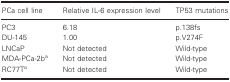
<table><thead><tr><td><b>PCa cell line</b></td><td><b>Relative IL‐6 expression level</b></td><td><b>TP53 mutations</b></td></tr></thead><tbody><tr><td>PC3</td><td>6.18</td><td>p.138fs</td></tr><tr><td>DU‐145</td><td>1.00</td><td>p.V274F</td></tr><tr><td>LNCaP</td><td>Not detected</td><td>Wild‐type</td></tr><tr><td>MDA‐PCa‐2ba</td><td>Not detected</td><td>Wild‐type</td></tr><tr><td>RC77Ta</td><td>Not detected</td><td>Wild‐type</td></tr></tbody></table>